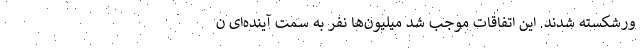
ورشکسته شدند. این اتفاقات موجب شد میلیون‌ها نفر به سمت آینده‌ای ن